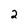
Character: 2